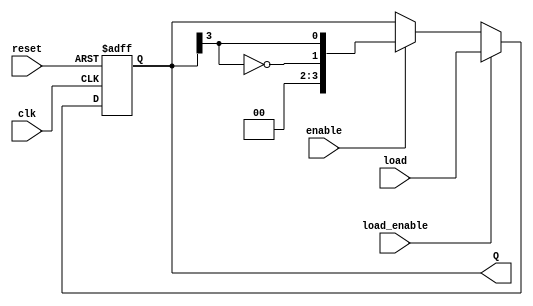
module johnson_counter (
    input wire clk,          // Clock input
    input wire reset,        // Active-high asynchronous reset
    input wire enable,       // Enable signal
    input wire [n-1:0] load, // Load input for loading specific value
    input wire load_enable,   // Control signal to load the value
    output reg [n-1:0] Q     // Output representing the current state of the counter
);
    parameter n = 4; // Number of flip-flops (adjustable depending on requirements)

    always @(posedge clk or posedge reset) begin
        if (reset) begin
            Q <= 0; // Reset the counter to 0
        end else if (load_enable) begin
            Q <= load; // Load a specific value into the counter
        end else if (enable) begin
            // Shift the counter state and feed back the inverted last flip-flop output
            Q <= {~Q[n-1], Q[n-1:n-1]}; // Concatenate inverted last bit to the front
        end
    end
endmodule